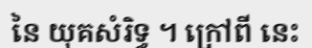
នៃ យុគសំរិទ្ធ ។ ក្រៅពី នេះ